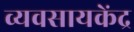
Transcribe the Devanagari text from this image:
व्यवसायकेंद्र